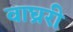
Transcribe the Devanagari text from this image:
वाघ्ररी